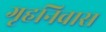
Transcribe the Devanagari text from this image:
गृहनिवास